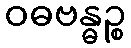
ဝဓဗန္ဓဉ္စ